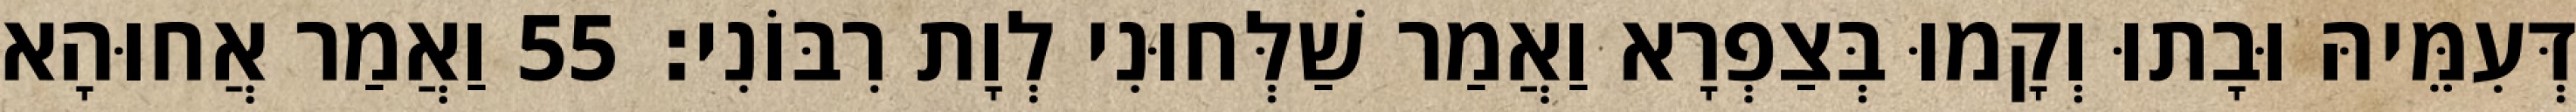
דְּעִמֵּיהּ וּבָתוּ וְקָמוּ בְּצַפְרָא וַאֲמַר שַׁלְּחוּנִי לְוָת רִבּוֹנִי׃ 55 וַאֲמַר אֲחוּהָא